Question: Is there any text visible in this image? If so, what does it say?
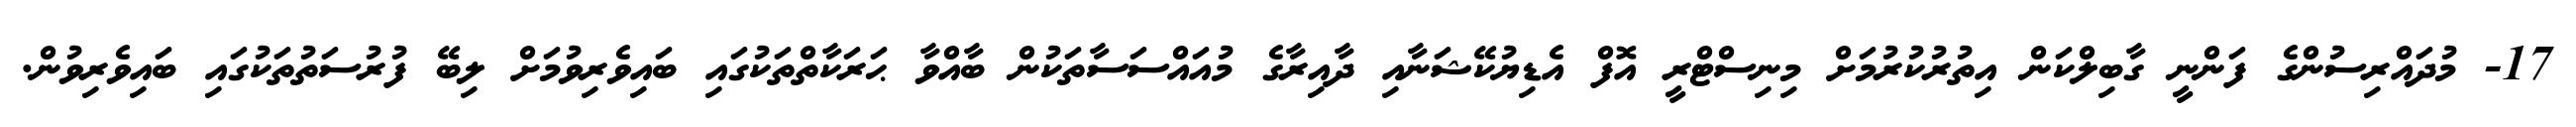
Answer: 17- މުދައްރިސުންގެ ފަންނީ ގާބިލްކަން އިތުރުކުރުމަށް މިނިސްޓްރީ އޮފް އެޑިޔުކޭޝަނާއި ދާއިރާގެ މުއައްސަސާތަކުން ބާއްވާ ޙަރަކާތްތަކުގައި ބައިވެރިވުމަށް ލިބޭ ފުރުސަތުތަކުގައި ބައިވެރިވުން.